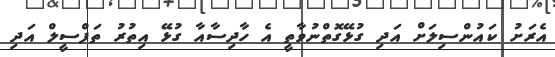
އެރަށު ކައުންސިލަށް އަދި ގުޅޭގޮތްނުވާތީ އެ ހާދިސާއާ ގުޅޭ އިތުރު ތަފްސީލް އަދި